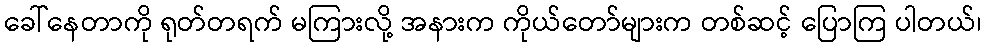
ခေါ်နေတာကို ရုတ်တရက် မကြားလို့ အနားက ကိုယ်တော်များက တစ်ဆင့် ပြောကြ ပါတယ်၊